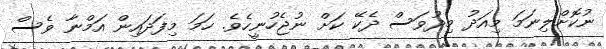
ނުކޮށްލިނަމަ މިއަދު މިދުވަސް ދެކޭ ކަށް ނުޖެހުނީހެވެ. ހަމަ މިފަދައިން އަމްނާ ވެސް